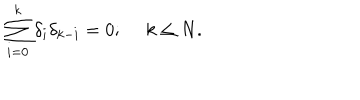
\sum _ { i = 0 } ^ { k } \delta _ { i } \delta _ { k - i } = 0 ; \ k \leq N .